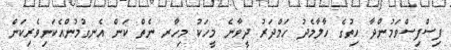
ފިސްފިސްވަމުންދާ ހިތުގެ ހާލާމެދު ހަމްދަރު ދީވާނެ މީހަކު މިހާރ ނެތް ކަން އެނގުމުންއެކަނިވެރިކަން